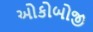
ઓકોબોજી